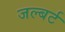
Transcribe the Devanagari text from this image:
जल्बर्ट